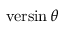
\operatorname { v e r s i n } \theta